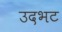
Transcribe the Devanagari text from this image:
उदभट